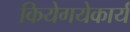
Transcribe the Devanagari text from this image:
कियेगयेकार्य